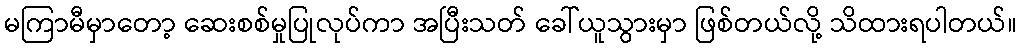
မကြာမီမှာတော့ ဆေးစစ်မှုပြုလုပ်ကာ အပြီးသတ် ခေါ်ယူသွားမှာ ဖြစ်တယ်လို့ သိထားရပါတယ်။